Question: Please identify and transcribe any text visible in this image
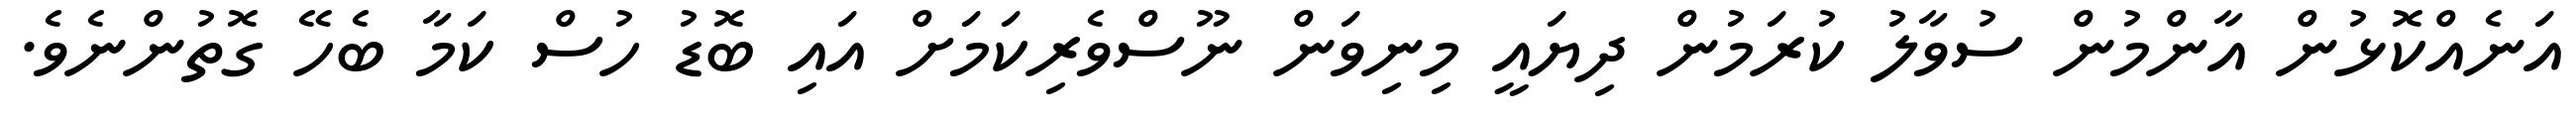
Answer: އަނެއްކޮޅުން އާންމުން ސުވާލު ކުރަމުން ދިޔައީ މިނިވަން ނޫސްވެރިކަމަށް އައި ބޮޑު ހުސް ކަމާ ބެހޭ ގޮތުންނެވެ.